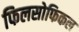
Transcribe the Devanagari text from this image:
फिलसोफिकल